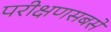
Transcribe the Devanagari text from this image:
परीक्षणसबसे